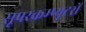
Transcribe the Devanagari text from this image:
सूपरकम्प्यूटरों